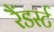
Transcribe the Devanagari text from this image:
रैंडर्स्ट